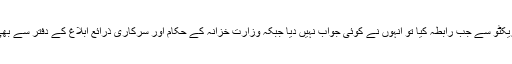
اس بارے میں بن لادن ایگزیکٹو سے جب رابطہ کیا تو انہوں نے کوئی جواب نہیں دیا جبکہ وزارت خزانہ کے حکام اور سرکاری ذرائع ابلاغ کے دفتر سے بھی کوئی تبصرہ نہیں کیا گیا۔